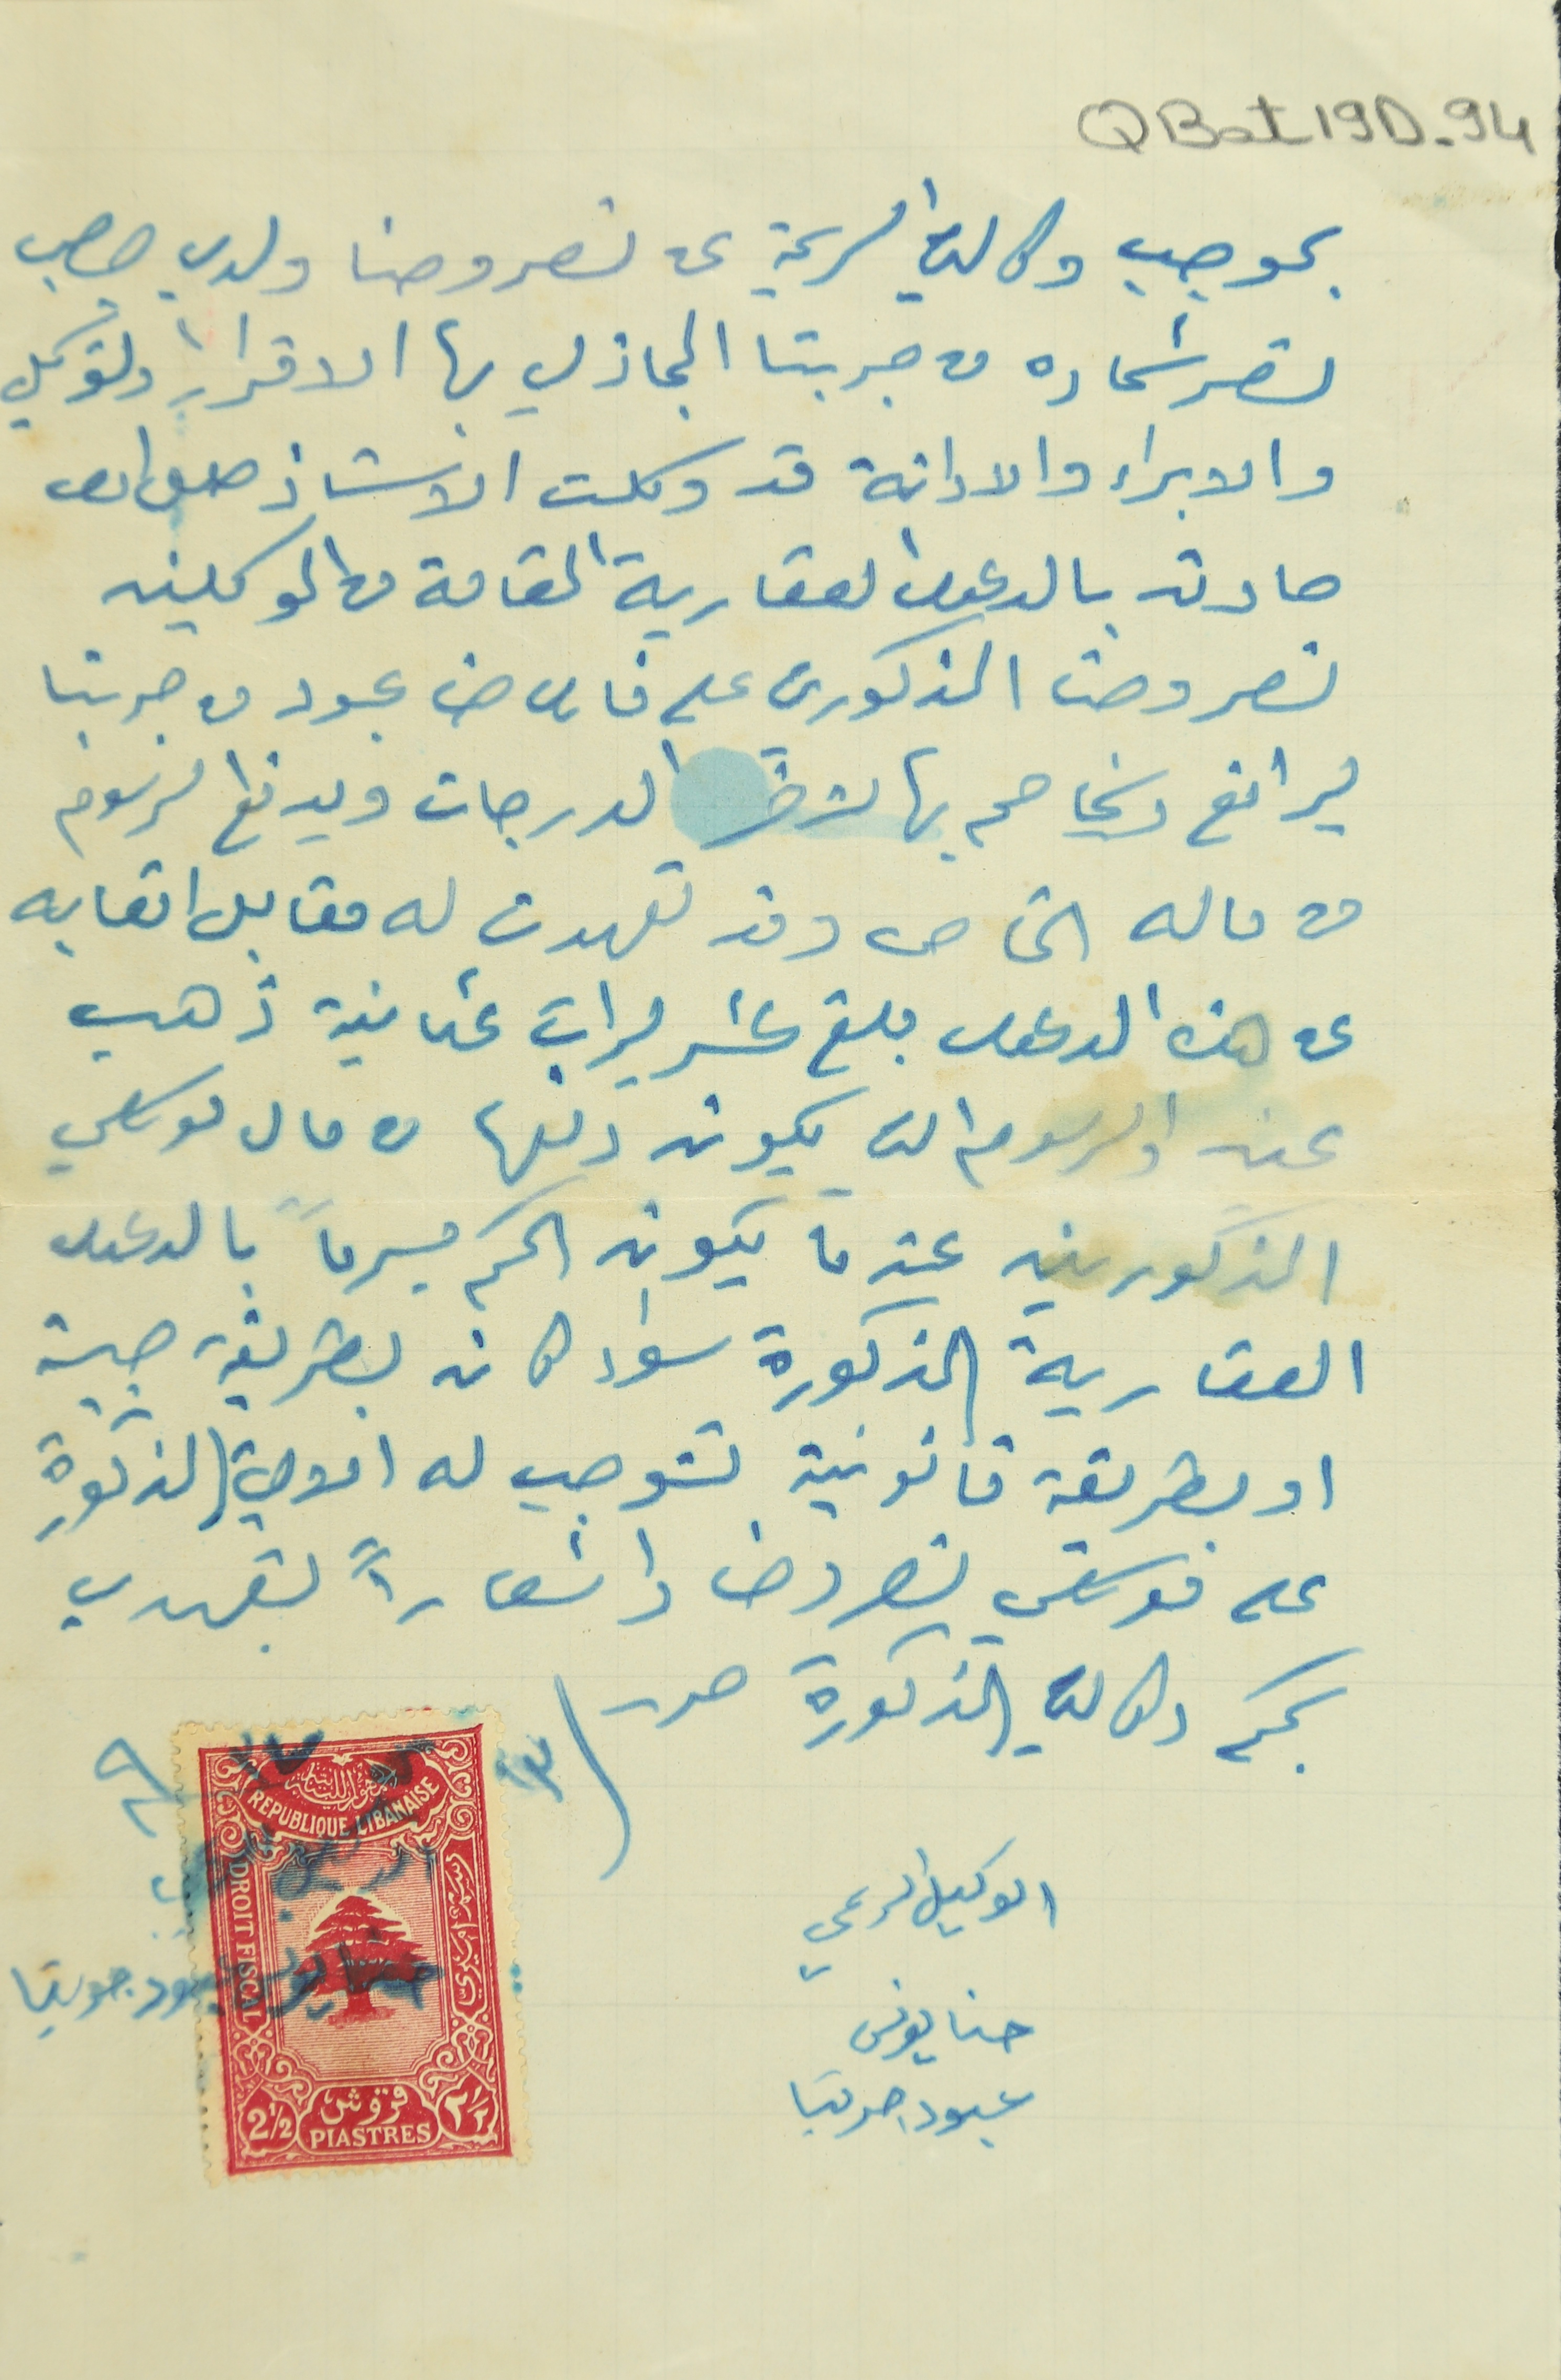
QBat19D-94
بموجب وكالتي الرسمية عن نصر وحنا ولدي جرجس
نصر شحاده من جربتا المجاز لي بها الاقرار والتوكيل
والابراء والادانة قد وكلت الاستاذ طعان
صادق بالدعوى العقارية القامة من الموكلين
نصر وحنا المذكورين على فارس حنا عبود من جربتا
ليرافع ويخاصم بها لاخر الدرجات ويدفع الرسوم
من ماله الخاص وقد تعهدت له مقابل اتعابه
عن هذه الدعوى مبلغ عشر ليرات عثمانية ذهب
عين والرسوم التي يكون دفعها من مال موكلي
المذكورين عندما يكون الحكم مبرماً بالدعوى
العقارية المذكورة سواء كان بطريقة حبية
او بطريقة قانونية تتوجب له الالية المذكورة
على موكلي نصر وحنا واشعاراً بتعهدي
بحكم وكالتي المذكورة حرر / ١٣ ك٢ ٩٣٧
الوكيل الرسمي
حنا يونس
عبود جربتا
حنا يونس عبود جربتا
الوكيل الرسمي